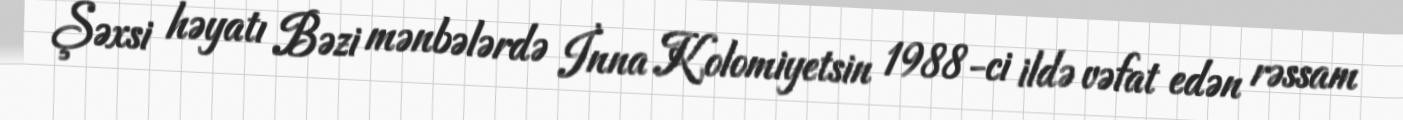
Şəxsi həyatı Bəzi mənbələrdə İnna Kolomiyetsin 1988-ci ildə vəfat edən rəssam